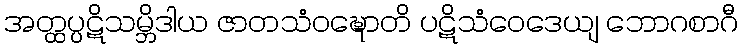
အတ္ထပ္ပဋိသမ္ဘိဒါယ ဇာတသံဝဍ္ဎောတိ ပဋိသံဝေဒေယျ ဘောဂစာဂီ